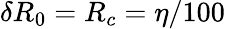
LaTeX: \delta R_{0}=R_{c}=\eta/100